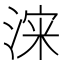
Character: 𱧡